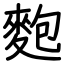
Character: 麭